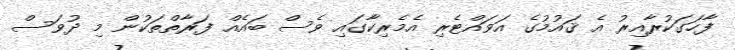
ފާހަގަކުރާއިރު އެ ޤައުމުގެ އަވައްޓެރި އެމެރިކާގައި ވެސް ބައެއް ފަރާތްތަކުން މި ދުވަސް